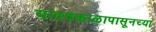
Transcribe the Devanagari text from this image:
यादवकाळापासूनच्या